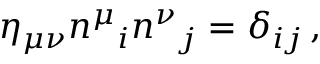
\eta _ { \mu \nu } n ^ { \mu } { } _ { i } n ^ { \nu } { } _ { j } = \delta _ { i j } \, ,